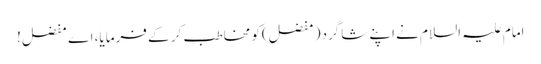
امام علیہ السلام نے اپنے شاگرد( مفضل)کو مخاطب کر کے فرمایا، اے مفضل!